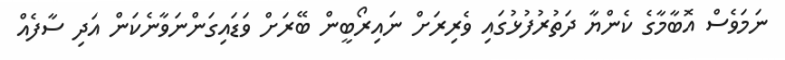
ނަމަވެސް އޮބާމާގެ ކެންޔާ ދަތުރުފުޅުގައި ވެރިރަށް ނައިރޯބީން ބޭރަށް ވަޑައިގަންނަވާނެކަން އަދި ސާފެއް